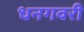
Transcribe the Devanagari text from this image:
धनगवरी